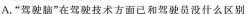
A.”驾驶脑”在驾驶技术方面已和驾驶员没什么区别